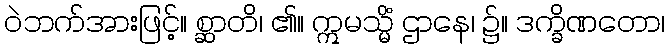
ဝဲဘက်အားဖြင့်။ စ္ဆာတိ၊ ၏။ ဣမသ္မိံ ဌာနေ၊ ၌။ ဒက္ခိဏတော၊